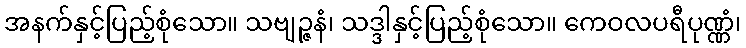
အနက်နှင့်ပြည့်စုံသော။ သဗျဉ္ဇနံ၊ သဒ္ဒါနှင့်ပြည့်စုံသော။ ကေဝလပရီပုဏ္ဏံ၊